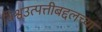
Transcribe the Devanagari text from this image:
विश्वउत्पत्तीबद्दलच्या